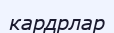
кардрлар